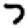
Digit: 7